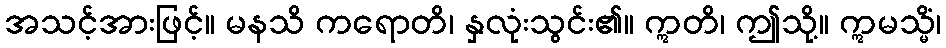
အသင့်အားဖြင့်။ မနသိ ကရောတိ၊ နှလုံးသွင်း၏။ ဣတိ၊ ဤသို့။ ဣမသ္မိံ၊